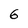
Character: 6